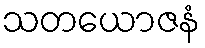
သတယောဇနံ